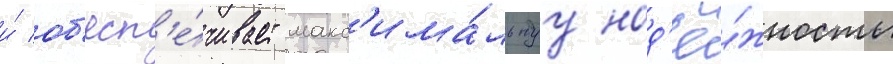
и́ об'есп'е́чивает макс'има́льнуу над'ё́жность